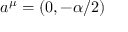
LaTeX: a ^ { \mu } = ( 0 , - \alpha / 2 )